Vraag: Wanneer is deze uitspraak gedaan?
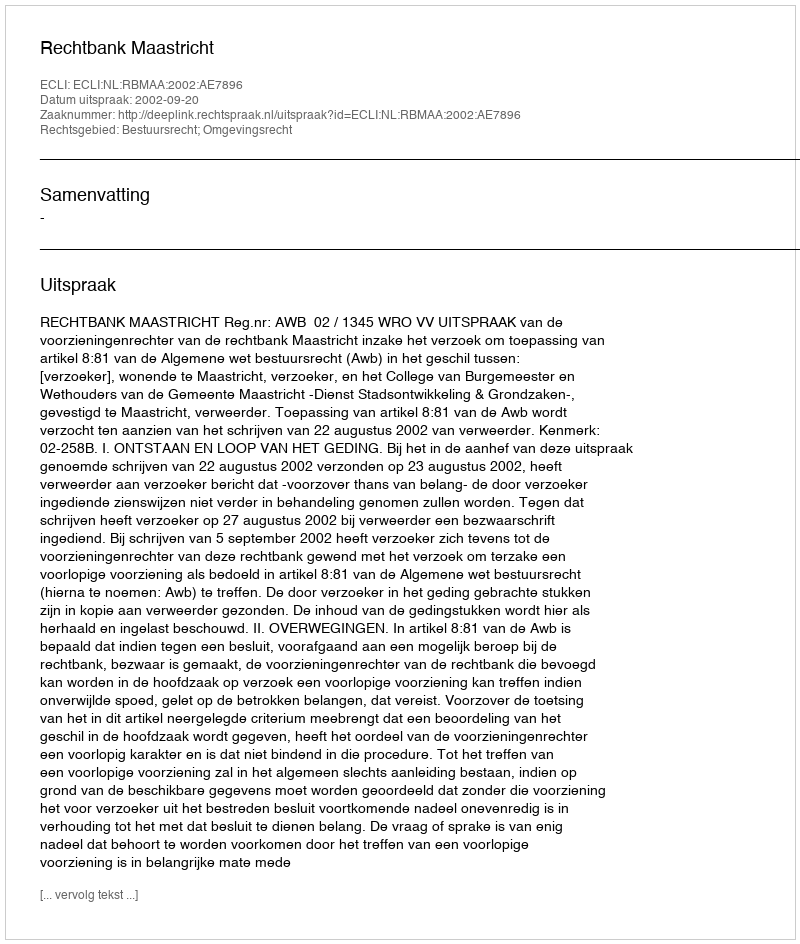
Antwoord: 2002-09-20